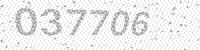
Solution: 037706